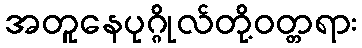
အတူနေပုဂ္ဂိုလ်တို့ဝတ္တရား